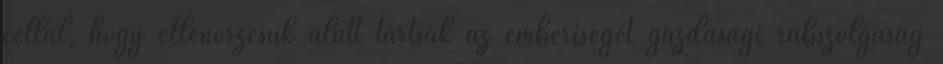
céllal, hogy ellenőrzésük alatt tartsák az emberiséget gazdasági rabszolgaság